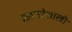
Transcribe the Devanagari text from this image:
कानडेशास्त्री